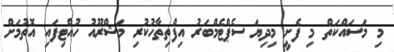
މި މަސައްކަތް މި ފެށީ މިދިޔަ ސެޕްޓެމްބަރު އިފްތިތާހުކުރި މަޝްރޫއު ހުއްޓިފައި އޮތުމަށް